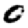
Digit: 0